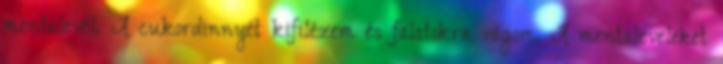
mentalevél. A cukordinnyét kifilézem és falatokra vágom. A mentaleveleket